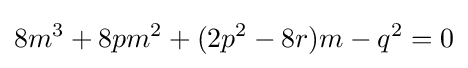
8m^{3}+8pm^{2}+(2p^{2}-8r)m-q^{2}=0